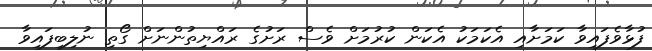
ފުޅާވެފައިވާ ކަމަށާއި އެކަމަކު އެކަން ކުރުމަށް ވެސް ރަށުގެ ރައްޔިތުންނަށް ގޯތި ނުލިބިފައިވާ